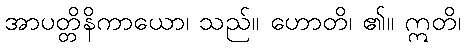
အာပတ္တိနိကာယော၊ သည်။ ဟောတိ၊ ၏။ ဣတိ၊